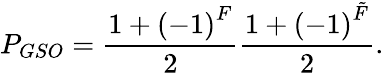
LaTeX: P_{GSO}=\frac{1+\left(-1\right)^{F}}{2}\frac{1+\left(-1\right)^{\tilde{F}}}{2}.